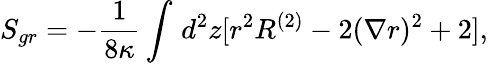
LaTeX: S_{gr}=-{\frac{1}{8\kappa}}\int_{}^{}d^{2}z[r^{2}R^{(2)}-2(\nabla r)^{2}+2],